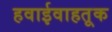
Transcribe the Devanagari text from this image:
हवाईवाहतूक